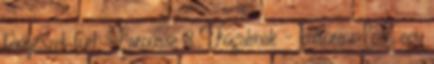
tenyészet tud. Larousse 3 Fogalmak – kultúra II. egy